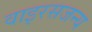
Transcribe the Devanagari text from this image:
वाइरसजन्य